Scottish Leaving Certificate Examination, 1951
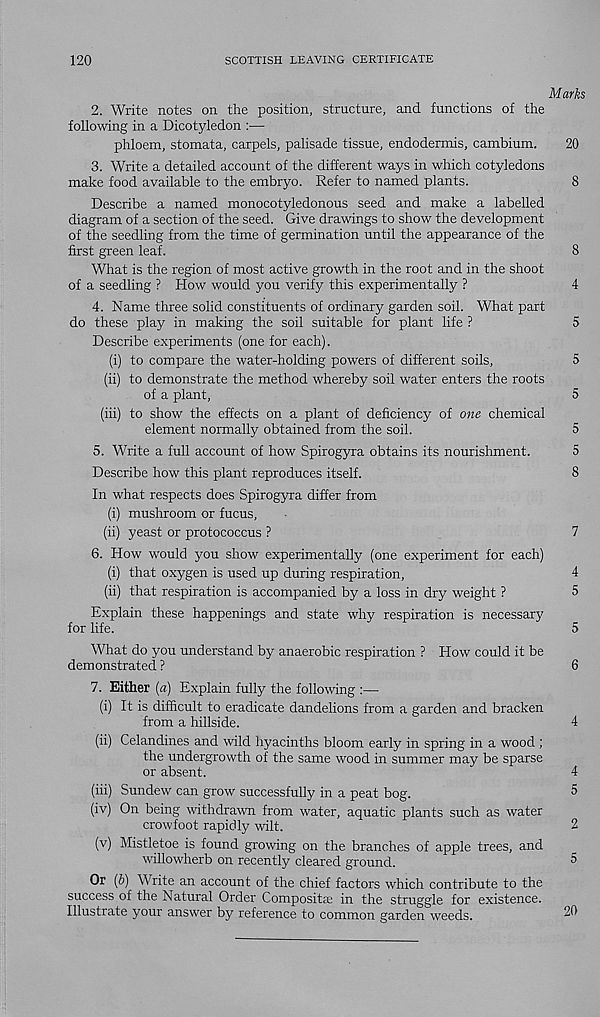
120
SCOTTISH LEAVING CERTIFICATE
Marks
2. Write notes on the position, structure, and functions of the
following in a Dicotyledon :—
phloem, stomata, carpels, palisade tissue, endodermis, cambium.
20
3. Write a detailed account of the different ways in which cotyledons
make food available to the embryo. Refer to named plants.
8
Describe a named monocotyledonous seed and make a labelled
diagram of a section of the seed. Give drawings to show the development
of the seedling from the time of germination until the appearance of the
first green leaf.
8
What is the region of most active growth in the root and in the shoot
of a seedling ? How would you verify this experimentally ?
4
4. Name three solid constituents of ordinary garden soil. What part
do these play in making the soil suitable for plant life ?
5
Describe experiments (one for each).
(i) to compare the water-holding powers of different soils,
5
(ii) to demonstrate the method whereby soil water enters the roots
of a plant,
5
(iii) to show the effects on a plant of deficiency of one chemical
element normally obtained from the soil.
5
5. Write a full account of how Spirogyra obtains its nourishment.
5
Describe how this plant reproduces itself.
8
In what respects does Spirogyra differ from
(i) mushroom or fucus,
(ii) yeast or protococcus ?
7
6. How would you show experimentally (one experiment for each)
(i) that oxygen is used up during respiration,
4
(ii) that respiration is accompanied by a loss in dry weight ?
5
Explain these happenings and state why respiration is necessary
for life.
5
What do you understand by anaerobic respiration ? How could it be
demonstrated ?
6
7. Either (a) Explain fully the following :—
(i) It is difficult to eradicate dandelions from a garden and bracken
from a hillside.
4
(ii) Celandines and wild hyacinths bloom early in spring in a wood ;
the undergrowth of the same wood in summer may be sparse
or absent.
4
(iii) Sundew can grow successfully in a peat bog.
5
(iv) On being withdrawn from water, aquatic plants such as water
crowfoot rapidly wilt.
2
(v) Mistletoe is found growing on the branches of apple trees, and
willowherb on recently cleared ground.
5
Or (b) Write an account of the chief factors which contribute to the
success of the Natural Order Compositaj in the struggle for existence.
Illustrate your answer by reference to common garden weeds.
2h